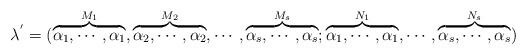
LaTeX: \begin{align*} \lambda^{'}=(\overbrace{\alpha_{1},\cdots,\alpha_{1}}^{M_{1}},\overbrace{\alpha_{2},\cdots,\alpha_{2}}^{M_{2}},\cdots,\overbrace{\alpha_{s},\cdots,\alpha_{s}}^{M_{s}};\overbrace{\alpha_{1},\cdots,\alpha_{1}}^{N_{1}},\cdots,\overbrace{\alpha_{s},\cdots,\alpha_{s}}^{N_{s}})\end{align*}